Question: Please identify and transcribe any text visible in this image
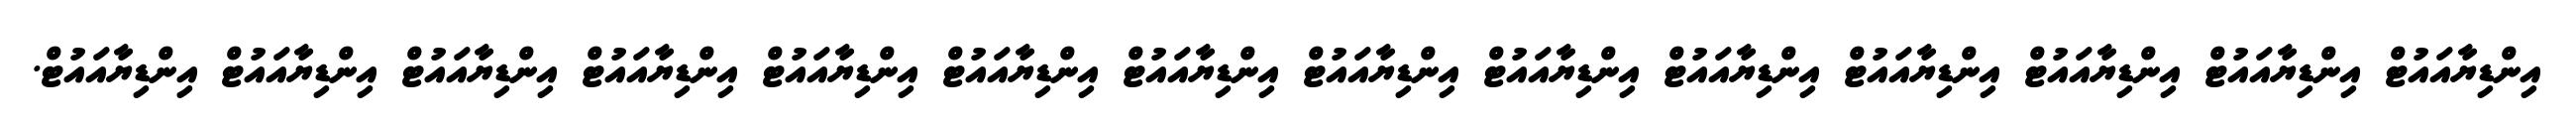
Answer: އިންޑިޔާއައުޓް އިންޑިޔާއައުޓް އިންޑިޔާއައުޓް އިންޑިޔާއައުޓް އިންޑިޔާއައުޓް އިންޑިޔާއައުޓް އިންޑިޔާއައުޓް އިންޑިޔާއައުޓް އިންޑިޔާއައުޓް އިންޑިޔާއައުޓް އިންޑިޔާއައުޓް އިންޑިޔާއައުޓް އިންޑިޔާއައުޓް އިންޑިޔާއައުޓް.